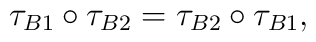
\tau_{B1}\circ\tau_{B2}=\tau_{B2}\circ\tau_{B1},